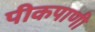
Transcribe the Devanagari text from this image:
पीकपाणी